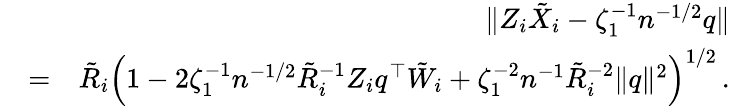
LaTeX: \begin{array}{rlr}&{}&{\| Z_{i}{\tilde{X}}_{i}-\zeta_{1}^{-1}n^{-1/2}{q}\| }\\ &{=}&{\tilde{R}_{i}\left(1-2\zeta_{1}^{-1}n^{-1/2}\tilde{R}_{i}^{-1}Z_{i}{q}^{\top}{\tilde{W}}_{i}+\zeta_{1}^{-2}n^{-1}\tilde{R}_{i}^{-2}\| {q}\| ^{2}\right)^{1/2}\, .}\end{array}